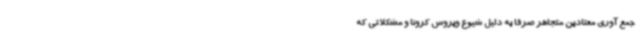
جمع آوری معتادین متجاهر صرفا به دلیل شیوع ویروس کرونا و مشکلاتی که